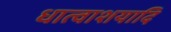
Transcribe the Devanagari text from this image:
धात्वाशयादि